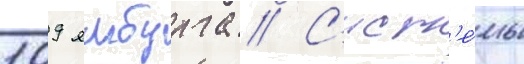
109 ямбурга // С'ист'е́мы